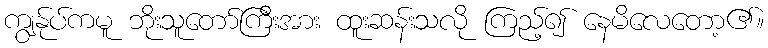
ကျွန်ုပ်ကမူ ဘိုးသူတော်ကြီးအား ထူးဆန်းသလို ကြည့်၍ နေမိလေတော့၏။